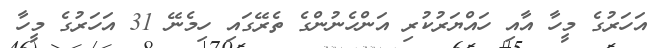
އަހަރުގެ މީހާ އާއި ހައްޔަރުކުރި އަންހެނުންގެ ތެރޭގައި ހިމެނޭ 31 އަހަރުގެ މީހާ